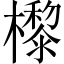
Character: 㰀